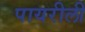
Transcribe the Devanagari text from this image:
पायरीली